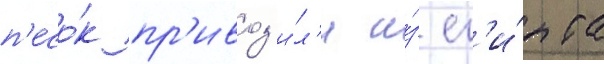
п'есо́к пр'ивоз'и́л'и и́з ег'и́пта